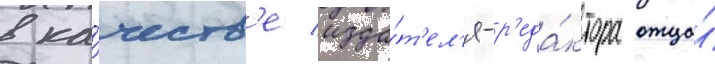
в ка́честв'е изда́т'ел'я-р'еда́ктора отца́